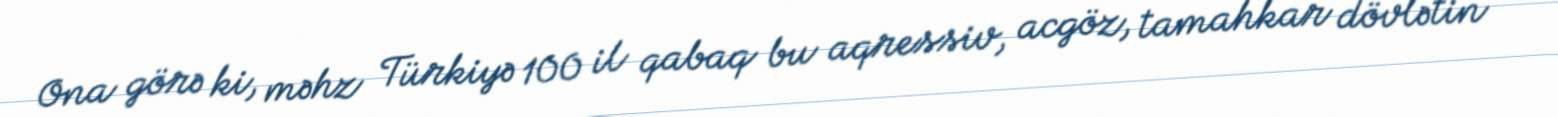
Ona görə ki, məhz Türkiyə 100 il qabaq bu aqressiv, acgöz, tamahkar dövlətin